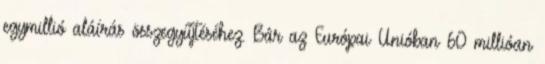
egymillió aláírás összegyűjtéséhez. Bár az Európai Unióban 60 millióan